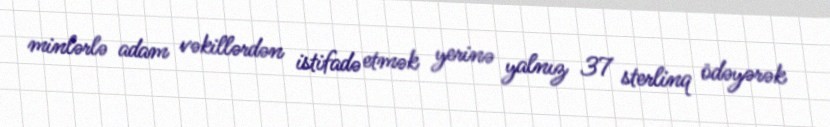
minlərlə adam vəkillərdən istifadə etmək yerinə yalnız 37 sterlinq ödəyərək